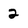
Character: 2